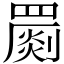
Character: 罽